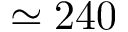
\simeq 2 4 0